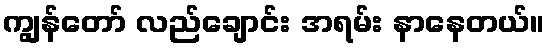
ကျွန်တော် လည်ချောင်း အရမ်း နာနေတယ်။